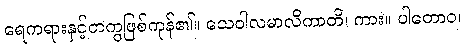
ရေကရားနှင့်တကွဖြစ်ကုန်၏။ သေဝါလမာလိကာတိ၊ ကား။ ပါတောဝ၊